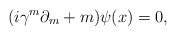
\begin{align*}(i\gamma^{m}\partial_{m}+m)\psi(x)=0,\end{align*}